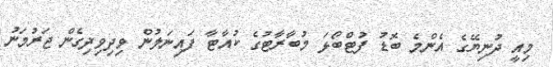
މިއީ ދުނިޔޭގެ އެންމެ ބޮޑު ފުޓްބޯޅަ މުބާރާޓުގެ ކުއާޓާ ފައިނަލުން ވިދިވިދިގެން ޖަރުމަނު